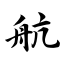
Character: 航